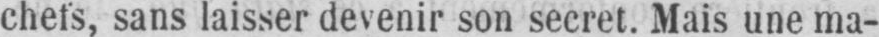
chefs, sans laisser devenir son secret. Mais une ma-